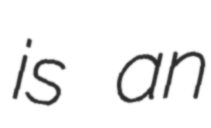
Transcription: is an